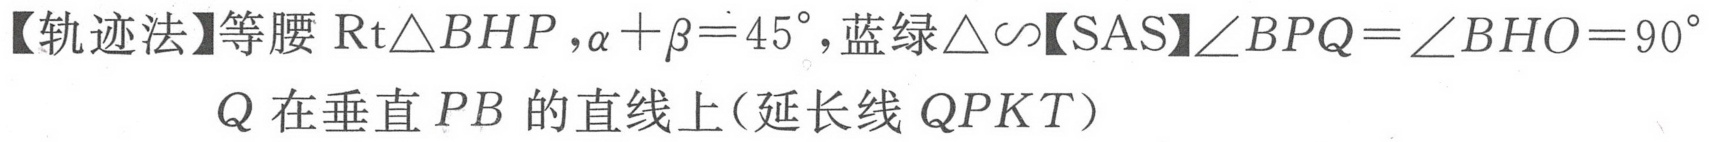
【轨迹法】等腰$\mathrm{Rt}\triangle BHP,\alpha +\beta = 45^{\circ}$, 蓝绿$\triangle\sim$【SAS】$\angle BPQ=\angle BHO = 90^{\circ}$
Q 在垂直 PB 的直线上(延长线 QPKT)